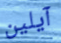
آيلين